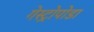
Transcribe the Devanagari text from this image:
गेस्ट्रोपोडा